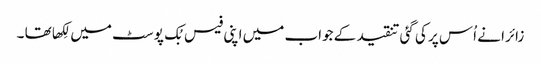
زائرا نے اُس پر کی گئی تنقید کے جواب میں اپنی فیس بُک پوسٹ میں لِکھا تھا ۔